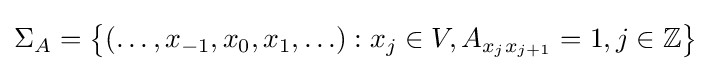
\Sigma _{A}=\left\{(\ldots ,x_{-1},x_{0},x_{1},\ldots ):x_{j}\in V,A_{x_{j}x_{j+1}}=1,j\in \mathbb {Z} \right\}